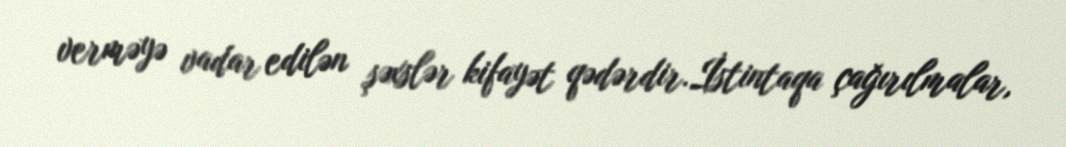
verməyə vadar edilən şəxslər kifayət qədərdir.İstintaqa çağırılmalar,